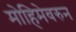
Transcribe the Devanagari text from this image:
मोहिमेवरुन